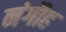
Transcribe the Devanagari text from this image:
नंगौह